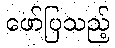
ဖော်ပြသည့်